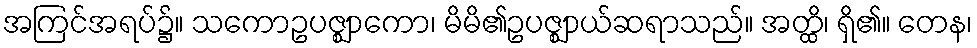
အကြင်အရပ်၌။ သကောဥပဇ္ဈာကော၊ မိမိ၏ဥပဇ္ဈာယ်ဆရာသည်။ အတ္ထိ၊ ရှိ၏။ တေန၊